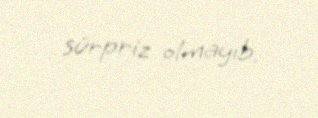
sürpriz olmayıb.